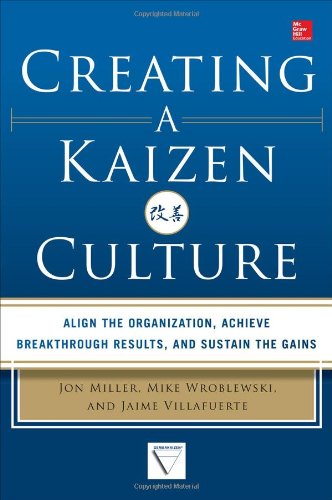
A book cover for Creating a Kaizen Culture: Align the Organization, Achieve Breakthrough Results, and Sustain the Gains; Jon Miller; Business & Money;